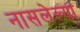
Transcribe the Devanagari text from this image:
नासलेल्या